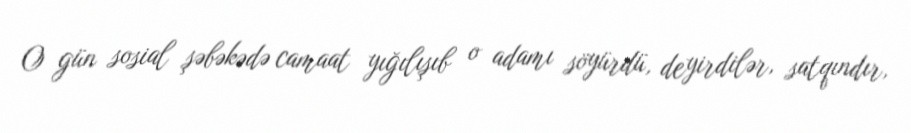
O gün sosial şəbəkədə camaat yığılışıb o adamı söyürdü, deyirdilər, satqındır,